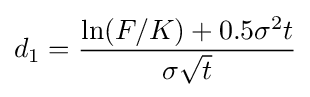
d_{1}={\frac {\ln(F/K)+0.5\sigma ^{2}t}{\sigma {\sqrt {t}}}}